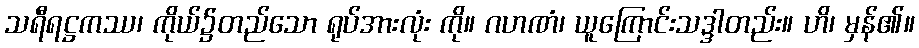
သရီရဋ္ဌကဿ၊ ကိုယ်၌တည်သော ရုပ်အားလုံး ကို။ ဂဟဏံ၊ ယူကြောင်းသဒ္ဒါတည်း။ ဟိ၊ မှန်၏။